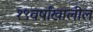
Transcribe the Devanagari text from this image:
१९वर्षांखालील